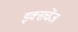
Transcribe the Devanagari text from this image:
इक्सचेंज